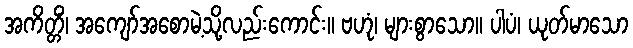
အကိတ္တိံ၊ အကျော်အစောမဲ့သို့လည်းကောင်း။ ဗဟုံ၊ များစွာသော။ ပါပံ၊ ယုတ်မာသော